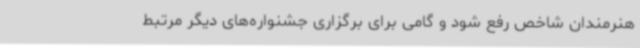
هنرمندان شاخص رفع شود و گامی برای ‌برگزاری جشنواره‌های دیگر مرتبط